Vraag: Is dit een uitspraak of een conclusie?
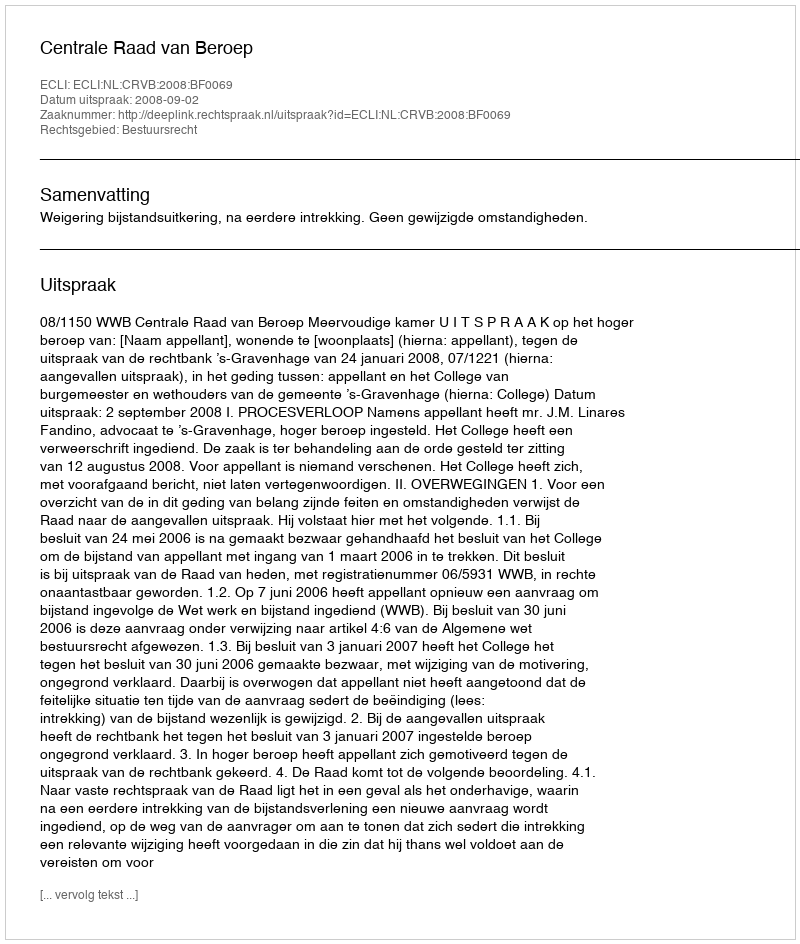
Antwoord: Uitspraak